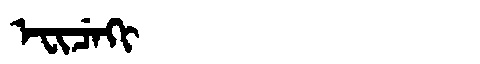
Manchu: ᡝᠸᡳᠴᡝᡴᡳ
Romanization: EFICEKI